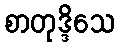
စာတုဒ္ဒိသေ